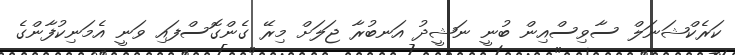
ކަރެކްޝަނަލް ސާވިސްއިން ބުނީ ނަޝީދު އަނބުރާ ޖަލަށް މިރޭ ގެންގޮސްފައި ވަނީ އެމަނިކުފާންގެ